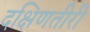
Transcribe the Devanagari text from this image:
दक्षिणतीरी